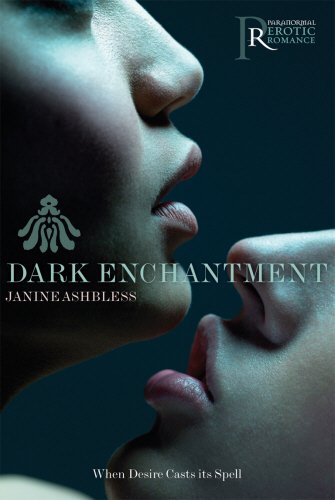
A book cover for Dark Enchantment (Paranormal Erotic Romance); Janine Ashbless; Romance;